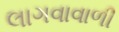
લાગવાવાળી